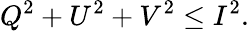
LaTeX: Q^{2}+U^{2}+V^{2}\leq I^{2}.